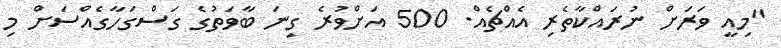
"މިއީ ވަރަށް ނުރައްކާތެރި އެއްޗެއް. 500 އަށްވުރެ ގިނަ ބާވަތުގެ ގަސްގަހާގެއްސަށް މި